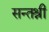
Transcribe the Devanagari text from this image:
सन्तश्री